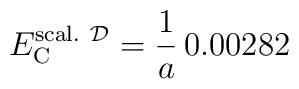
E_{\rm C}^{{\rm scal.} \ {\cal D}}= {1 \over a} \, 0.00282